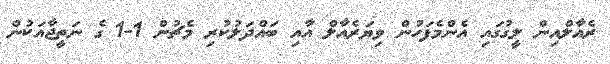
ރެއާލްއިން ލީގުގައި އެންމެފަހުން ވިޔަރެއާލް އާއި ބައްދަލުކުރި މެޗުން 1-1 ގެ ނަތީޖާއަކުން